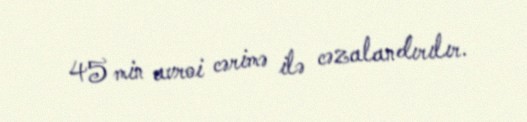
45 min avroi cərimə ilə cəzalandırılır.